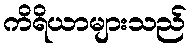
ကိရိယာများသည်